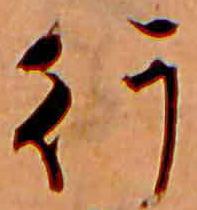
行